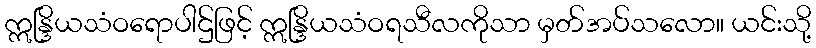
ဣန္ဒြိယသံဝရောပါဌ်ဖြင့် ဣန္ဒြိယသံဝရသီလကိုသာ မှတ်အပ်သလော။ ယင်းသို့